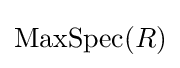
\operatorname {MaxSpec} (R)